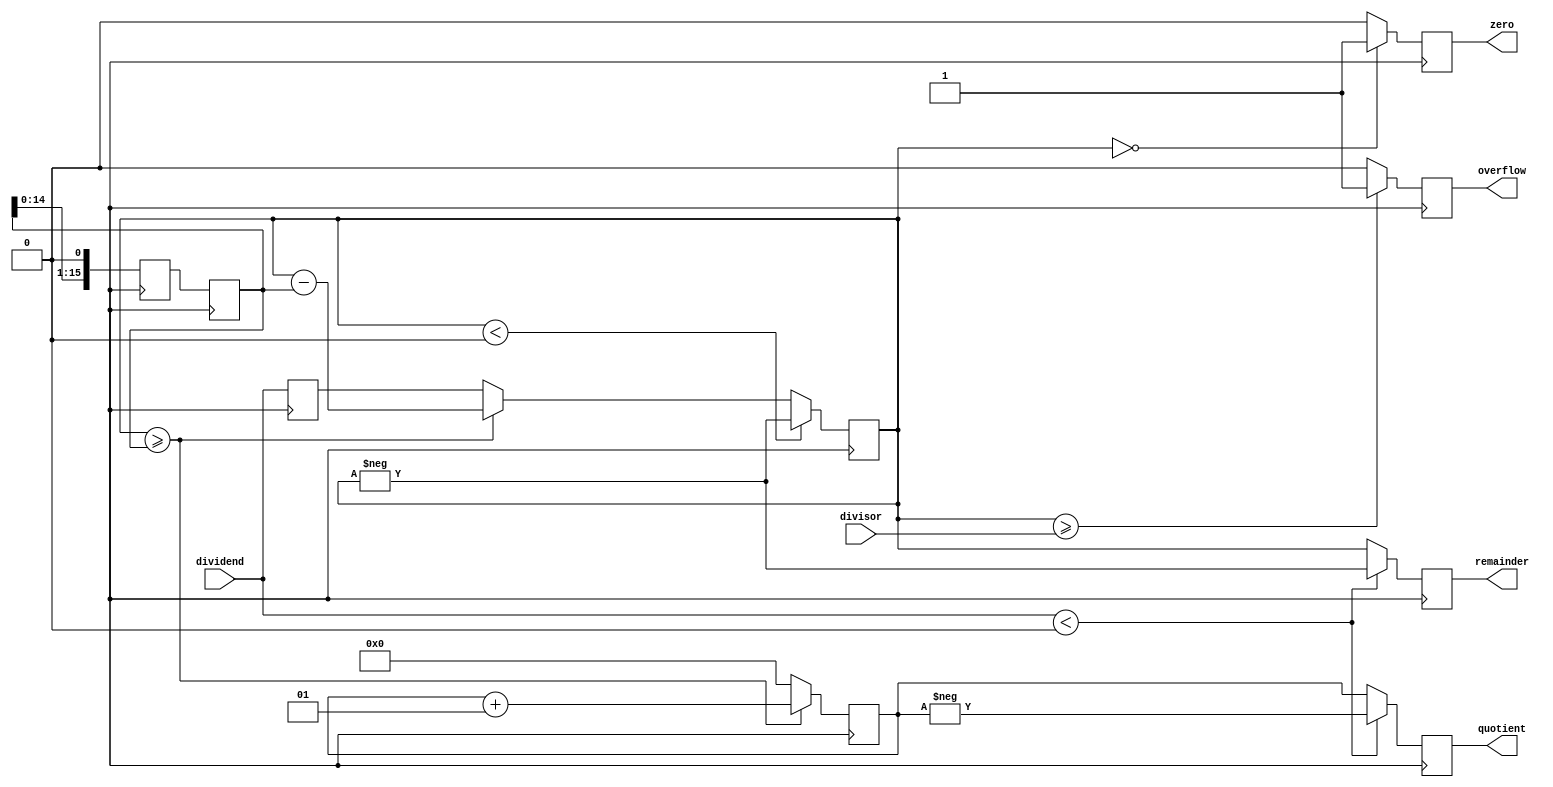
module shift_subtract_divider (
    input signed [15:0] dividend,
    input signed [15:0] divisor,
    output reg signed [15:0] quotient,
    output reg signed [15:0] remainder,
    output reg zero,
    output reg overflow
);

reg signed [15:0] shift_divisor;
reg signed [15:0] temp_dividend;
reg signed [15:0] temp_remainder;
reg signed [15:0] temp_quotient;
reg signed [15:0] shifted_divisor;
integer i;

always @ (posedge clk) begin
    temp_dividend <= dividend;
    temp_remainder <= temp_dividend;
    temp_quotient <= 0;
    shift_divisor <= divisor;
    
    if (temp_remainder < 0) begin
        temp_remainder <= -temp_remainder;
    end
    
    if (shift_divisor < 0) begin
        shift_divisor <= -shift_divisor;
    end
    
    zero <= 0;
    overflow <= 0;
    
    for (i = 0; i < 16; i = i + 1) begin
        if (temp_remainder >= shift_divisor) begin
            temp_remainder <= temp_remainder - shift_divisor;
            temp_quotient <= temp_quotient + (1 << (15 - i));
        end
        
        shifted_divisor <= shift_divisor << 1;
        shift_divisor <= shifted_divisor;
    end
    
    if (temp_remainder < 0) begin
        temp_remainder <= -temp_remainder;
    end
    
    if (dividend < 0) begin
        quotient <= -temp_quotient;
        remainder <= -temp_remainder;
    end else begin
        quotient <= temp_quotient;
        remainder <= temp_remainder;
    end
    
    if (temp_remainder == 0) begin
        zero <= 1;
    end
    
    if (temp_remainder >= divisor) begin
        overflow <= 1;
    end
end

endmodule